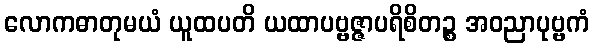
လောကဓာတုမယံ ယူထပတိ ယထာပဗ္ဗဇ္ဇာပရိစိတဉ္စ အဝညာပုဗ္ဗကံ